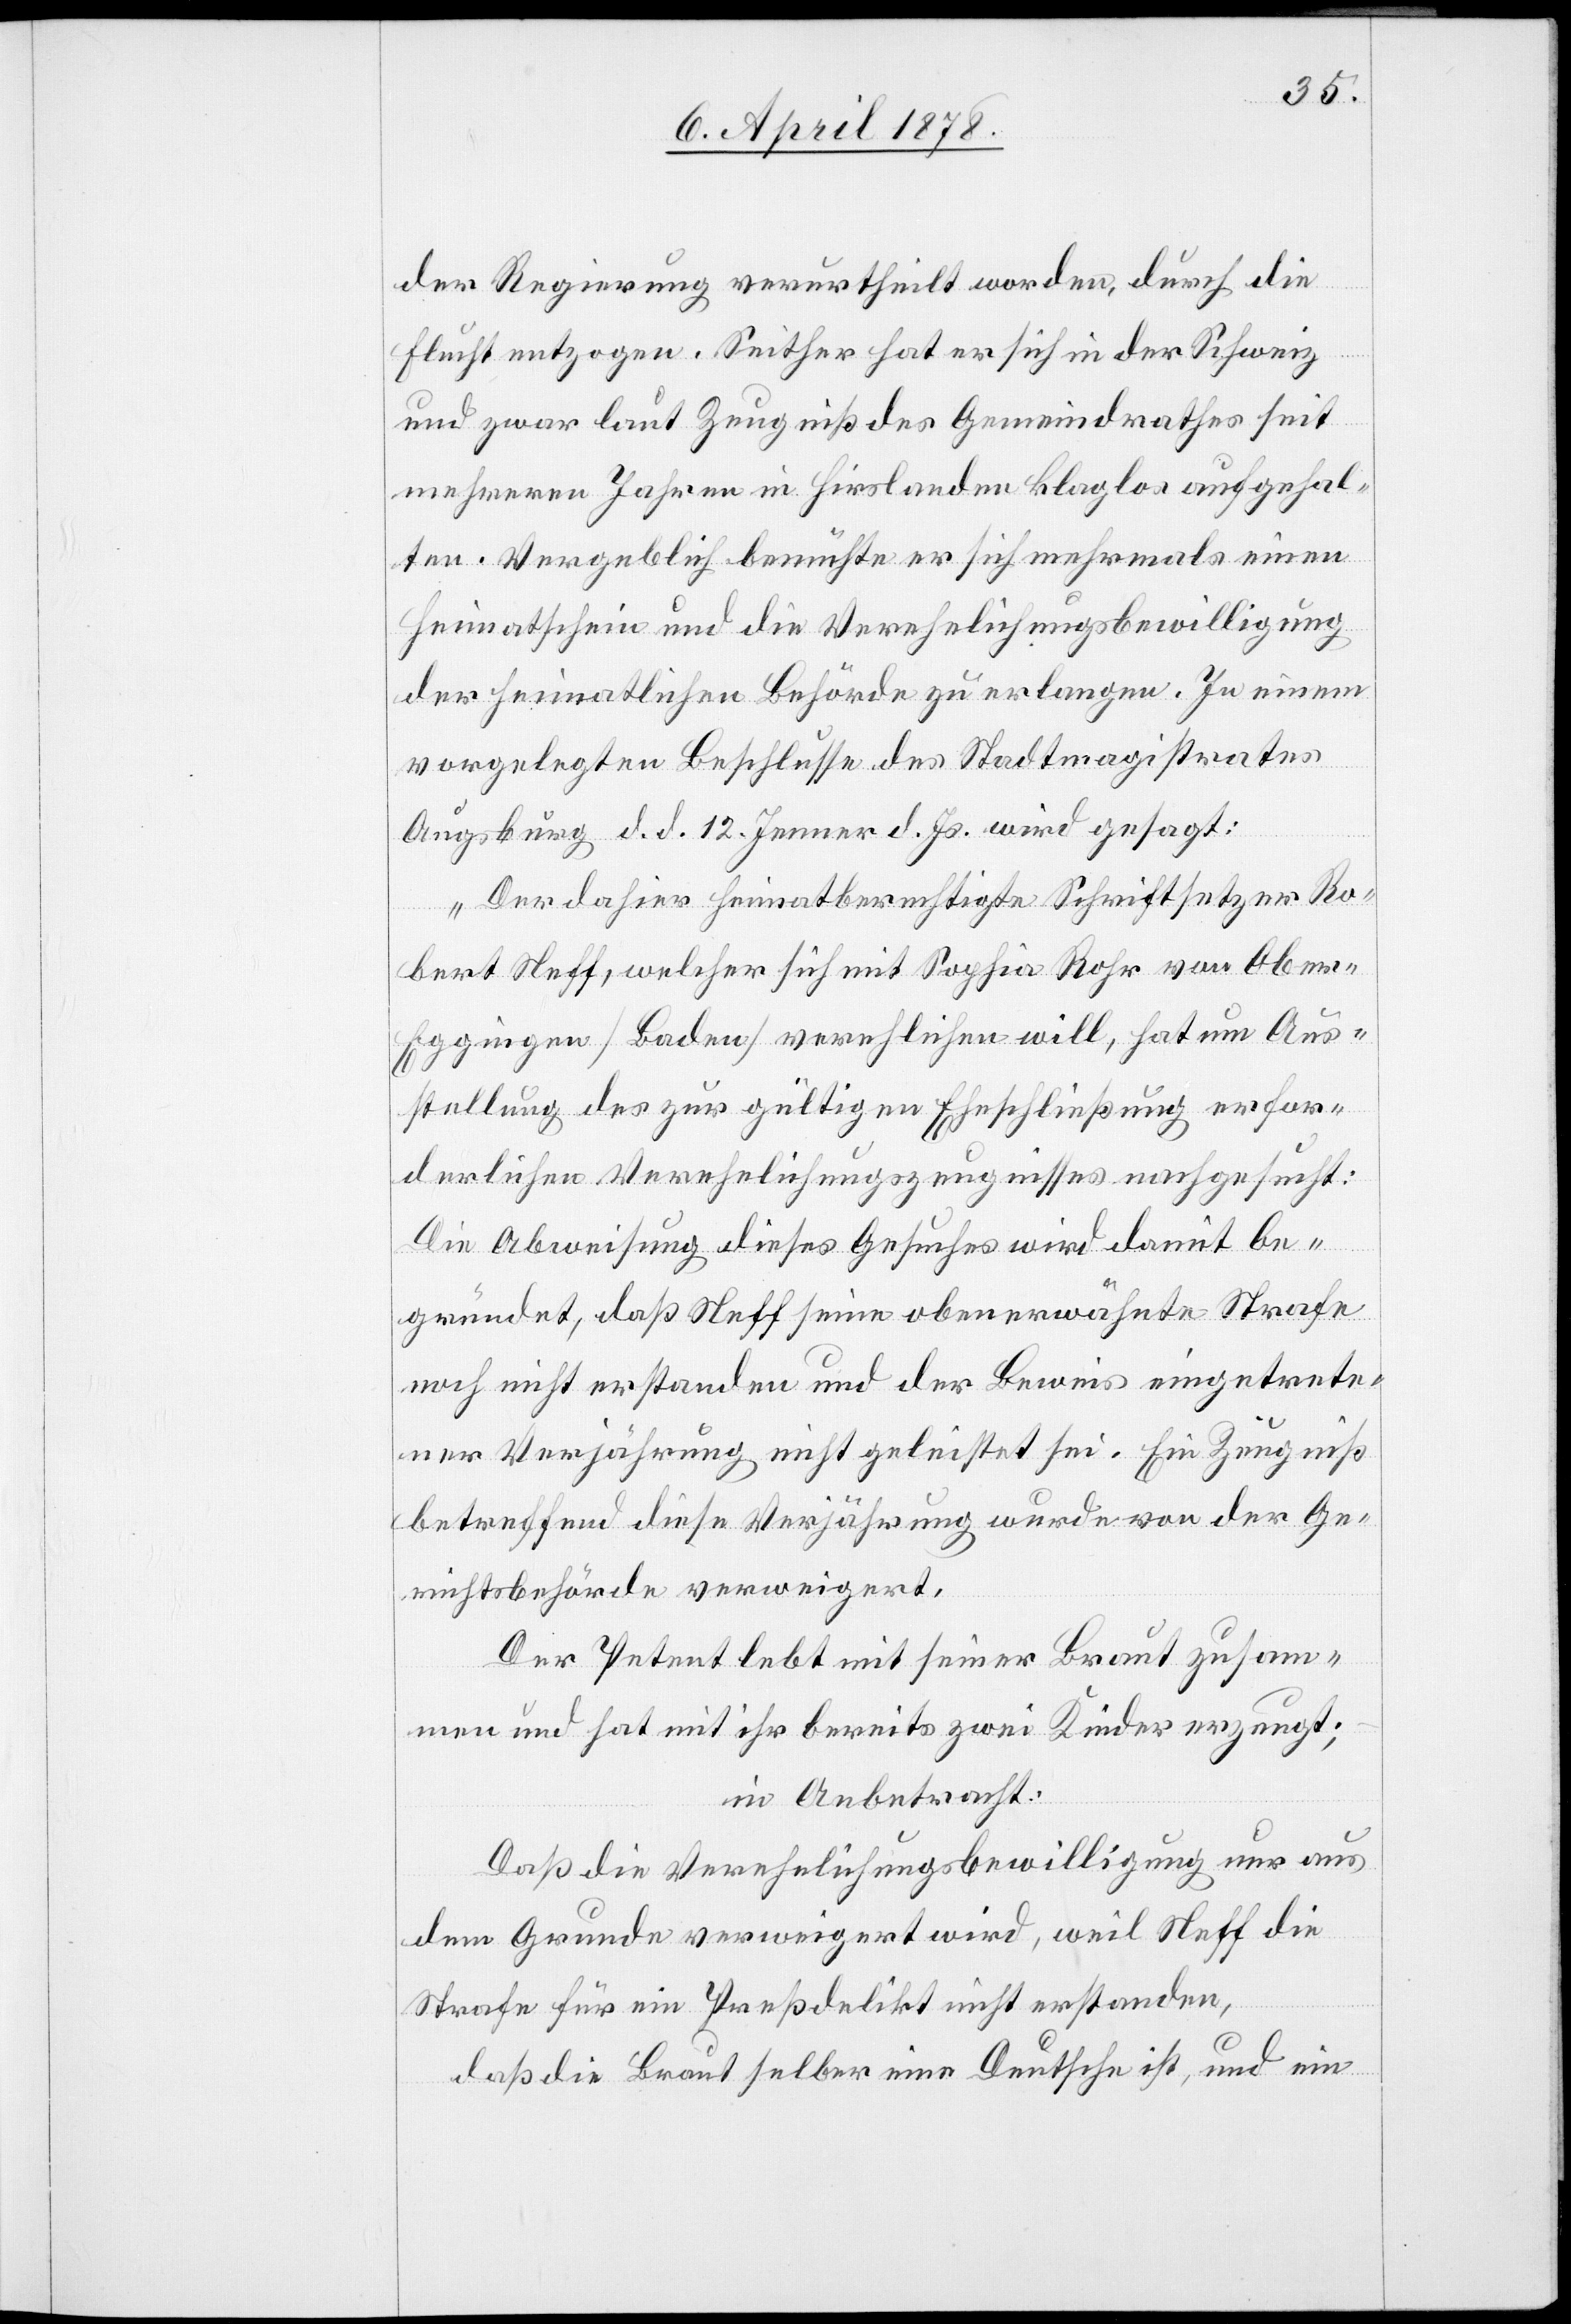
der Regierung verurtheilt worden, durch die
Flucht entzogen. Seither hat er sich in der Schweiz
und zwar laut Zeugniß des Gemeindrathes seit
mehreren Jahren in Hirslanden klaglos aufgehal¬
ten. Vergeblich bemühte er sich mehrmals einen
Heimatschein und die Verehelichungsbewilligung
der heimatlichen Behörde zu erlangen. In einem
vorgelegten Beschlusse des Stadtmagistrates
Augsburg d. d. 12. Jenner d. Js. wird gefragt:
„Der dahier heimatberechtigte Schriftsetzer Ro¬
bert Neff, welcher sich mit Sophia Rohr von Ober-E¬
ggingen (Baden) verehlichen will, hat um Aus¬
stellung des zur gültigen Eheschließung erfor¬
derlichen Verehelichungszeugnisses nachgesucht.[“]
Die Abweisung dieses Gesuches wird damit be¬
gründet, daß Neff seine obenerwähnte Strafe
noch nicht erstanden und der Beweis eingetrete¬
ner Verjährung nicht geleistet sei. Ein Zeugniß
betreffend diese Verjährung wurde von der Ge¬
richtsbehörde verweigert.
Der Petent lebt mit seiner Braut zusam¬
men und hat mit ihr bereits zwei Kinder erzeugt;
in Anbetracht:
Daß die Verehelichungsbewilligung nur aus
dem Grunde verweigert wird, weil Neff die
Strafe für ein Preßdelikt nicht erstanden,
daß die Braut selber eine Deutsche ist, und ein